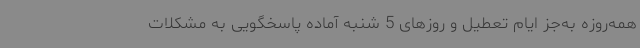
همه‌روزه به‌جز ایام تعطیل و روزهای 5 شنبه آماده پاسخگویی به مشکلات